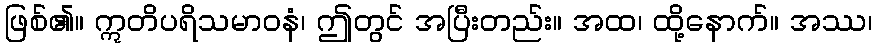
ဖြစ်၏။ ဣတိပရိသမာဝနံ၊ ဤတွင် အပြီးတည်း။ အထ၊ ထို့နောက်။ အဿ၊